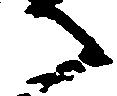
御